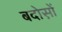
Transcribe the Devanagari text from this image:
बदोस़ों